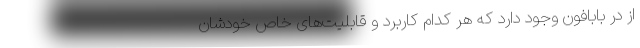
از در بابافون وجود دارد که هر کدام کاربرد و قابلیت‌های خاص خودشان